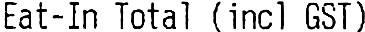
EAT-IN TOTAL (INCL GST)